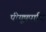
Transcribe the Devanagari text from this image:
पीयूषपाणि